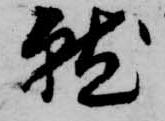
就